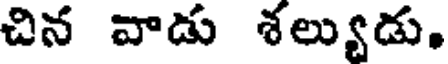
చిన వాడు శల్యుడు.